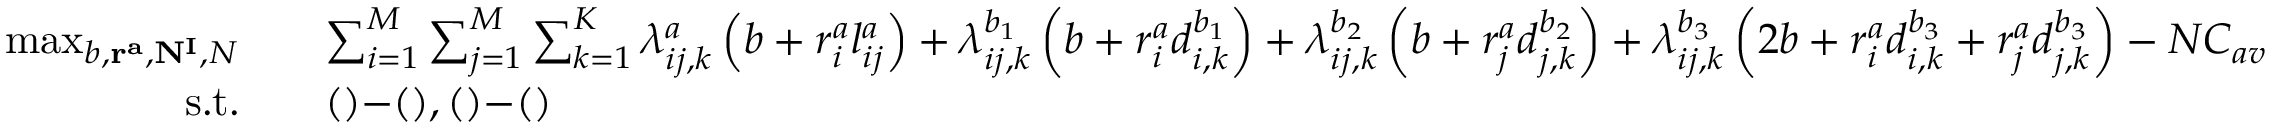
\begin{array} { r l } { \operatorname* { m a x } _ { b , \mathbf { r ^ { a } } , \mathbf { N ^ { I } } , N } \quad } & { \sum _ { i = 1 } ^ { M } \sum _ { j = 1 } ^ { M } \sum _ { k = 1 } ^ { K } \lambda _ { i j , k } ^ { a } \left( b + r _ { i } ^ { a } l _ { i j } ^ { a } \right) + \lambda _ { i j , k } ^ { b _ { 1 } } \left( b + r _ { i } ^ { a } d _ { i , k } ^ { b _ { 1 } } \right) + \lambda _ { i j , k } ^ { b _ { 2 } } \left( b + r _ { j } ^ { a } d _ { j , k } ^ { b _ { 2 } } \right) + \lambda _ { i j , k } ^ { b _ { 3 } } \left( 2 b + r _ { i } ^ { a } d _ { i , k } ^ { b _ { 3 } } + r _ { j } ^ { a } d _ { j , k } ^ { b _ { 3 } } \right) - N C _ { a v } } \\ { \mathrm { s . t . } \quad } & { ( ) \mathrm { - } ( ) , ( ) \mathrm { - } ( ) } \end{array}